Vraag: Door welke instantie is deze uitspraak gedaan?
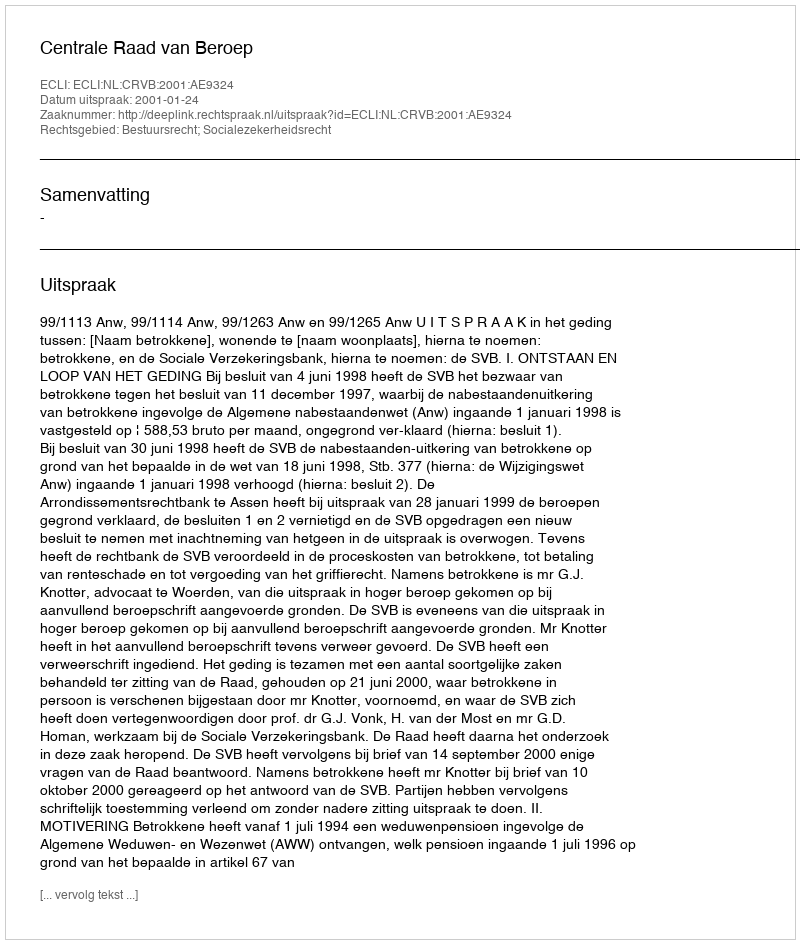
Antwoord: Centrale Raad van Beroep